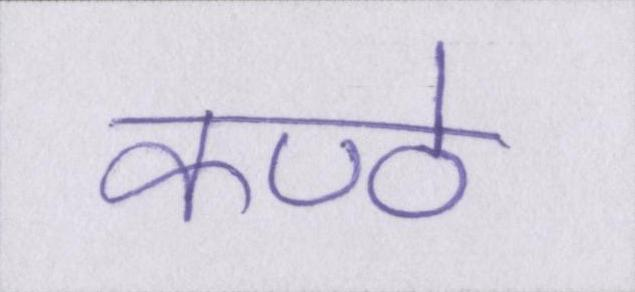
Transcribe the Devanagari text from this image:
कण्ठे